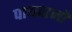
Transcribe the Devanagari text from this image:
पायदानो